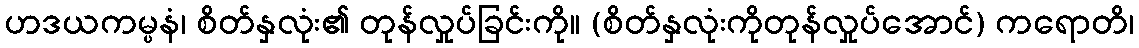
ဟဒယကမ္ပနံ၊ စိတ်နှလုံး၏ တုန်လှုပ်ခြင်းကို။ (စိတ်နှလုံးကိုတုန်လှုပ်အောင်) ကရောတိ၊